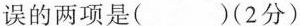
误的两项是( )(2分)